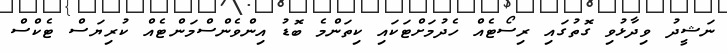
ނަޝީދު ވިދާޅުވި ގޮތުގައި ރިސޯޓެއް ހެދުމަށްޓަކައި ކިތަންމެ ބޮޑު އިންވެންސްމަންޓެއް ކުރިޔަސް ޓެކްސް